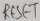
Text: RESET